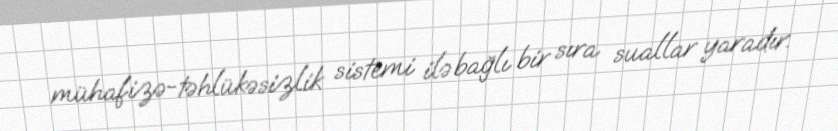
mühafizə-təhlükəsizlik sistemi ilə bağlı bir sıra suallar yaradır.